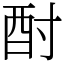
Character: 酎